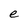
Character: e